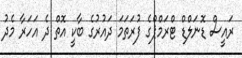
ރައީސް ޑޮނަލްޑް ޓްރަމްޕްގެ ފުރަތަމަ ދައުރުގެ ބާކީ އޮތް ދެ އަހަރާ މެދު